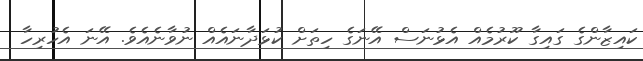
ކައިޒާންގެ ގައިގާ ކޫރުމެއް އެޅުނަސް އޭނަގެ ހިތަށް ކުޅަދާނައެއް ނުވާނެއެވެ. އޭނަ އެހުރިހާ